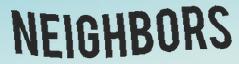
NEIGHBORS